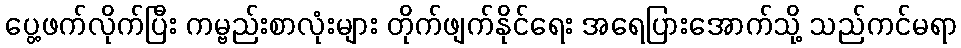
ပွေ့ဖက်လိုက်ပြီး ကမ္ဗည်းစာလုံးများ တိုက်ဖျက်နိုင်ရေး အရေပြားအောက်သို့ သည်ကင်မရာ